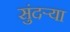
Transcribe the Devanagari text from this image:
सुंदर्‍या